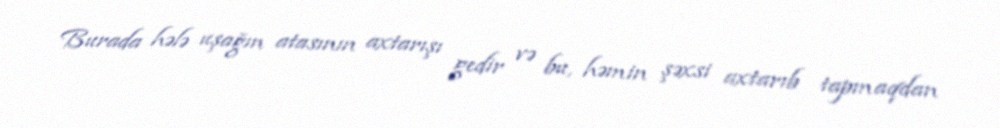
Burada hələ uşağın atasının axtarışı gedir və bu, həmin şəxsi axtarıb tapmaqdan